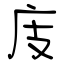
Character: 庋